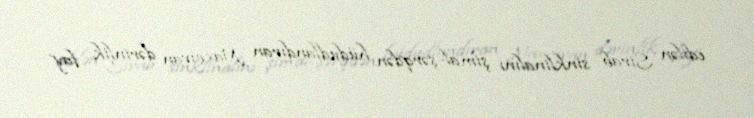
edilən Sirab sinklinalını şimal-şərqdən hüdudlandıran Naxçıvan dərinlik fay